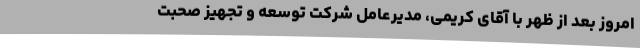
امروز بعد از ظهر با آقای کریمی، مدیرعامل شرکت توسعه و تجهیز صحبت